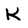
Character: K